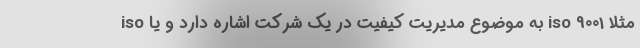
مثلا iso 9001 به موضوع مدیریت کیفیت در یک شرکت اشاره دارد و یا iso